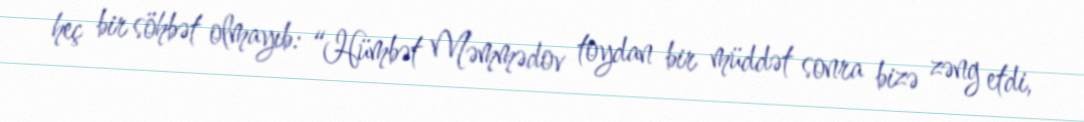
heç bir söhbət olmayıb: “Hümbət Məmmədov toydan bir müddət sonra bizə zəng etdi,